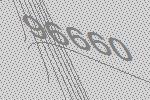
96660